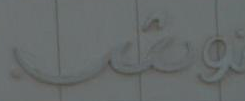
Leag